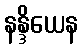
နန္ဒိယေန